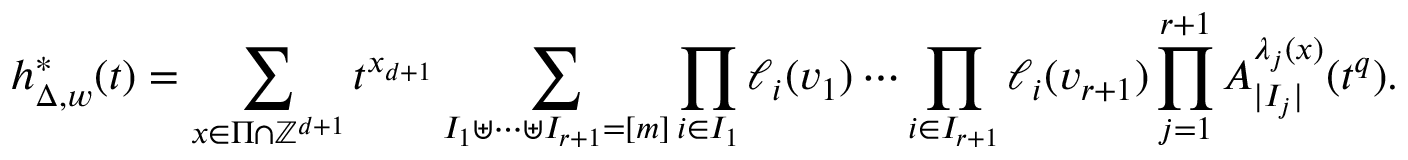
h _ { \Delta , w } ^ { * } ( t ) = \sum _ { x \in \Pi \cap \mathbb { Z } ^ { d + 1 } } t ^ { x _ { d + 1 } } \sum _ { \substack { I _ { 1 } \uplus \cdots \uplus I _ { r + 1 } = [ m ] } } \prod _ { i \in I _ { 1 } } \ell _ { i } ( v _ { 1 } ) \cdots \prod _ { i \in I _ { r + 1 } } \ell _ { i } ( v _ { r + 1 } ) \prod _ { j = 1 } ^ { r + 1 } A _ { | I _ { j } | } ^ { \lambda _ { j } ( x ) } ( t ^ { q } ) .